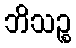
ဘိသဉ္စ